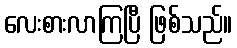
လေးစားလာကြပြီ ဖြစ်သည်။